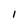
Character: 1